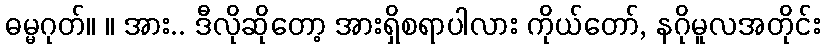
ဓမ္မဂုတ်။ ။ အား.. ဒီလိုဆိုတော့ အားရှိစရာပါလား ကိုယ်တော်, နဂိုမူလအတိုင်း